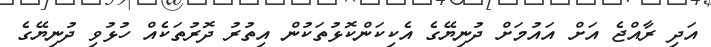
އަދި ރާއްޖެ އަށް އައުމަށް ދުނިޔޭގެ އެކިކަންކޮޅުތަކުން އިތުރު ދޮރުތަކެއް ހުޅުވި ދުނިޔޭގެ